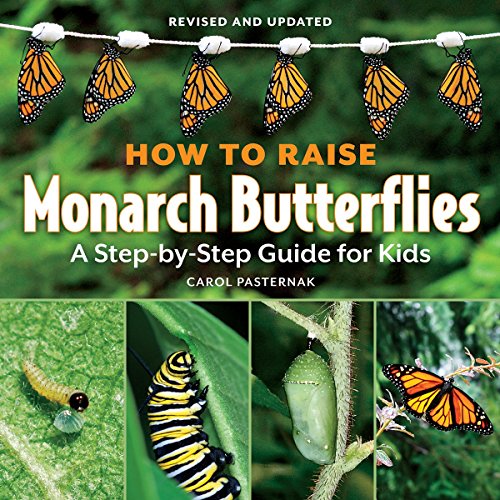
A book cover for How to Raise Monarch Butterflies: A Step-by-Step Guide for Kids (How It Works); Carol Pasternak; Children's Books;